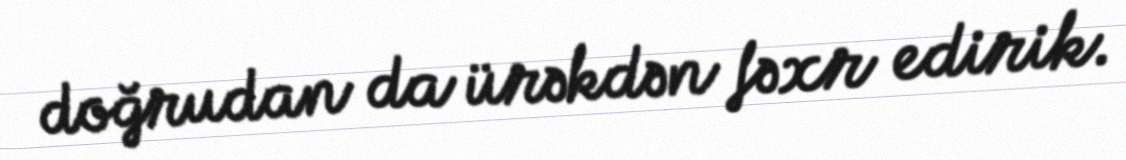
doğrudan da ürəkdən fəxr edirik.